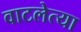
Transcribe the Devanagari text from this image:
वाटलेत्या